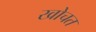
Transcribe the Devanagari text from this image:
खोचत